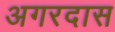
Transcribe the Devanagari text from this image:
अगरदास